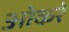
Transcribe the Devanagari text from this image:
ओकरे